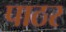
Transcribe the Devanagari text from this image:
पाठर